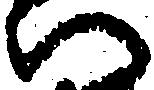
い